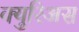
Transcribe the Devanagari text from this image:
क्युरिअस